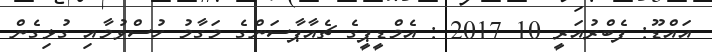
އައްޑޫ: ފެެބްރުއަރީ 10 2017 : އެމްޑީޕީގެ ޗެއާޕާސަންގެ މަގާމު ހުސްވުމާއި ގުޅިގެން